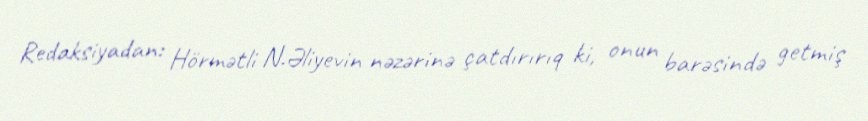
Redaksiyadan: Hörmətli N.Əliyevin nəzərinə çatdırırıq ki, onun barəsində getmiş